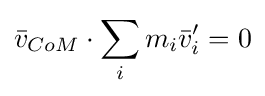
{\bar {v}}_{CoM}\cdot \sum _{i}m_{i}{\bar {v}}'_{i}=0